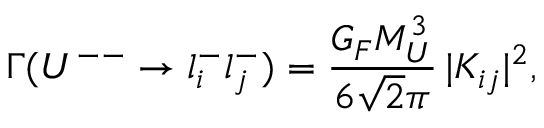
\Gamma ( U ^ { -- } \to l _ { i } ^ { - } l _ { j } ^ { - } ) = \frac { G _ { F } M _ { U } ^ { 3 } } { 6 \sqrt 2 \pi } \, \vert { \cal K } _ { i j } \vert ^ { 2 } ,